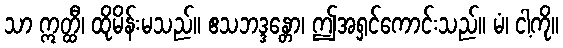
သာ ဣတ္ထီ၊ ထိုမိန်းမသည်။ ဧသဘဒ္ဒန္တော၊ ဤအရှင်ကောင်းသည်။ မံ၊ ငါ့ကို။